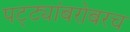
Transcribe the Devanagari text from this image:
पट्ट्यांबरोबरच